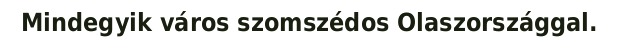
Mindegyik város szomszédos Olaszországgal.